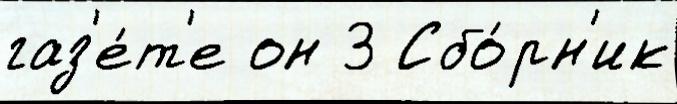
газ'е́т'е он 3 Сбо́рн'ик